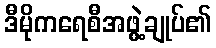
ဒီမိုကရေစီအဖွဲ့ချုပ်၏